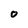
Character: 0